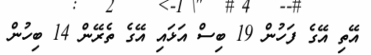
އޭތި އޭގެ ފަހުން 19 ބިސް އަޅައި އޭގެ ތެރޭން 14 ބިހުން